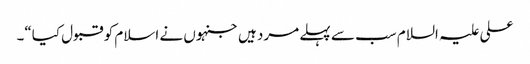
علی علیہ السلام سب سے پہلے مرد ہیں جنہوں نے اسلام کو قبول کیا“۔